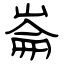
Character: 崙